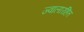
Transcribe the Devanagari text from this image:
ज्वालारहित